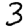
Digit: 3